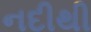
નદીથી